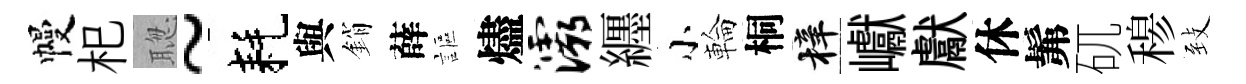
幔𣏌聦~耗與銷薛謳燼灞纒小輪桐梓巘獻休髴矹𥠇𦤺